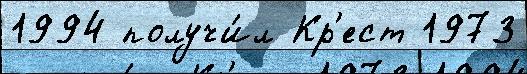
1994 получи́л Кр'ест 1973